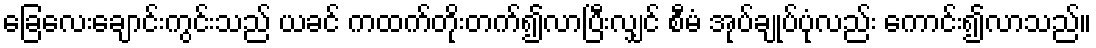
ခြေလေးချောင်းကွင်းသည် ယခင် ကထက်တိုးတက်၍လာပြီးလျှင် စီမံ အုပ်ချုပ်ပုံလည်း ကောင်း၍လာသည်။